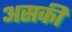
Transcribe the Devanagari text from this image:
असकी